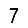
Digit: 7